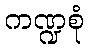
ကဏ္ဍစုံ